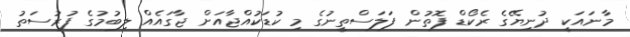
މާނައަކީ ދުނިޔޭގެ ރެކޯޑް ފޮތުން ފަލަސްތީނުގެ މި ކުޑަކުއްޖާއަށް ޖާގައެއް ލިބުމުގެ ފުރުސަތު